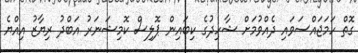
ގޮތް ހަމަޖައްސަވައި ދެއްވުމަށް ޝާހިދުގެ ކިބައިން ޕޮލިސް ކޮމިޝަނަރު އަބްދު ރިޔާޒު އިއްޔެ